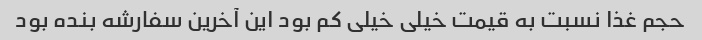
حجم غذا نسبت به قیمت خیلی خیلی کم بود این آخرین سفارشه بنده بود